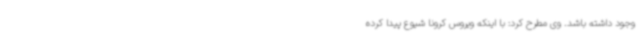
وجود داشته باشد. وی مطرح کرد: با اینکه ویروس کرونا شیوع پیدا کرده